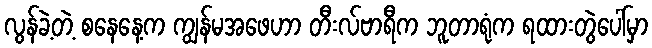
လွန်ခဲ့တဲ့ စနေနေ့က ကျွန်မအဖေဟာ တီးလ်ဗာရီက ဘူတာရုံက ရထားတွဲပေါ်မှာ